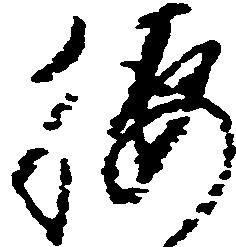
腰